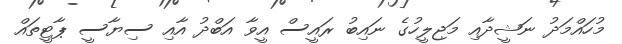
މުހައްމަދު ނަޝީދާއި މަޖިލީހުގެ ނައިބު ރައީސް އީވާ އަބްދު އާއި ސިޔާސީ ޕާޓީތައް